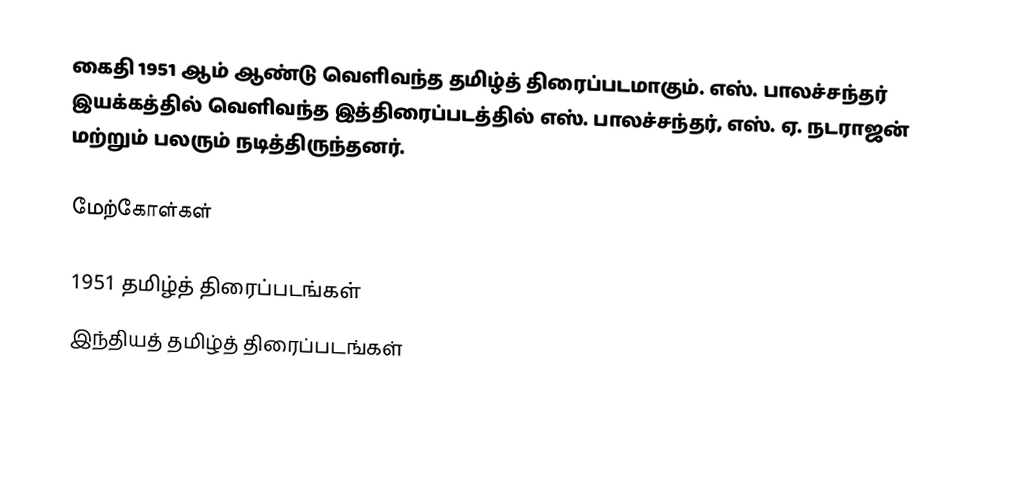
கைதி 1951 ஆம் ஆண்டு வெளிவந்த தமிழ்த் திரைப்படமாகும். எஸ். பாலச்சந்தர் இயக்கத்தில் வெளிவந்த இத்திரைப்படத்தில் எஸ். பாலச்சந்தர், எஸ். ஏ. நடராஜன் மற்றும் பலரும் நடித்திருந்தனர்.

மேற்கோள்கள்

1951 தமிழ்த் திரைப்படங்கள்
இந்தியத் தமிழ்த் திரைப்படங்கள்